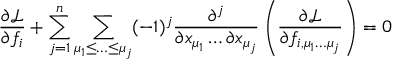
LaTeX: { \frac { \partial { \mathcal { L } } } { \partial f _ { i } } } + \sum _ { j = 1 } ^ { n } \sum _ { \mu _ { 1 } \leq \ldots \leq \mu _ { j } } ( - 1 ) ^ { j } { \frac { \partial ^ { j } } { \partial x _ { \mu _ { 1 } } \dots \partial x _ { \mu _ { j } } } } \left( { \frac { \partial { \mathcal { L } } } { \partial f _ { i , \mu _ { 1 } \dots \mu _ { j } } } } \right) = 0